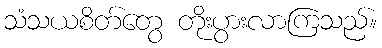
သံသယစိတ်တွေ တိုးပွားလာကြသည်။